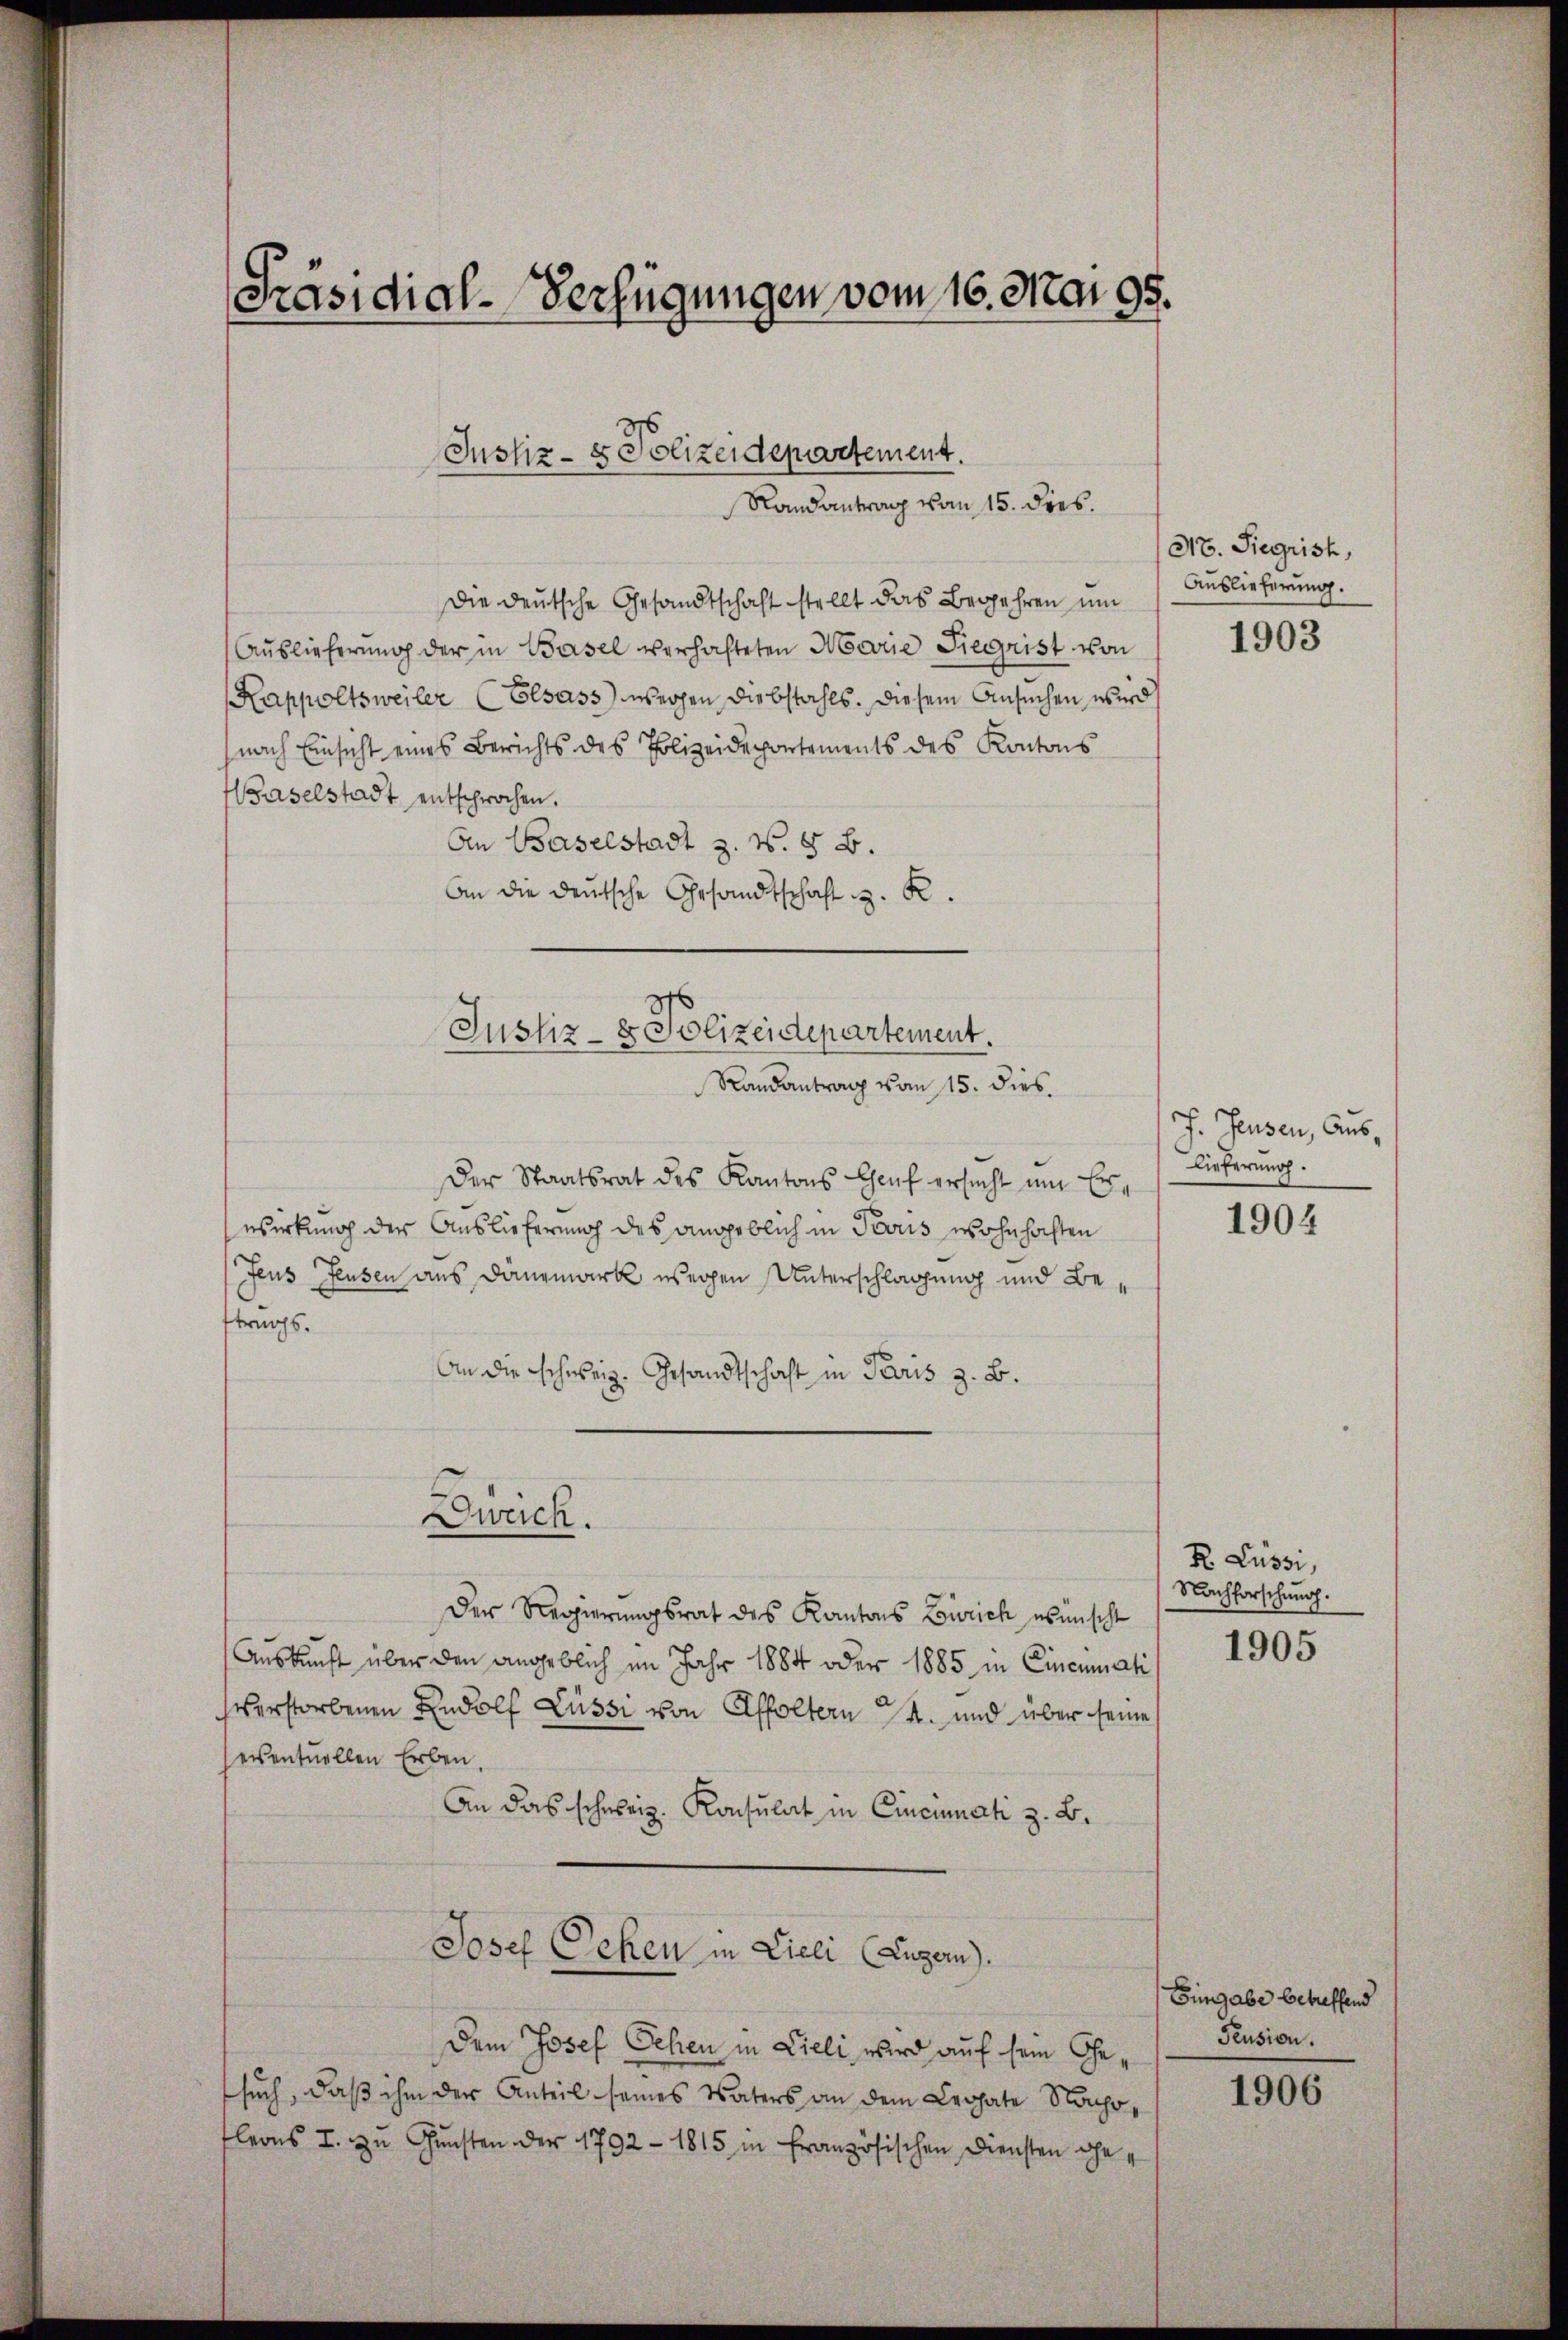
Präsidial-Verfügungen vom 16. Mai 95.

Justiz- & Polizeidepartement.
Randantrag vom 15. dies.

Die deutsche Gesandtschaft stellt das Begehren um
Auslieferung der in Basel verhalteten Marie Siegrist von
Kappoltsweiler (Elsass wegen Diebstahls. Diesem Ansuchen wird
nach Einsicht eines Berichts des Polizeidepartements des Kantons
aselstadt entsprochen.
An Baselstadt z. B. § B.
An die deutsche Gesandtschaft z. R.

Justiz- & Polizeidepartement.
Randantrag vom 15. dies.

Dirreich.

Der Regierungsrat des Kantons Zürich wünscht
Auskunft über den angeblich im Jahr 1884 oder 1885 in Cinciati
verstorbenen Rudolf Lüssi von Affoltern 14. und über seine
eventuellen Erben.
An das schweiz. Konsulat in Cincinati z. B.

Der Staatsrat des Kantons Chef ersucht um Erwirkung der Auslieferung des angeblich in Peoris wohn hochten
Jeus Feusen aus Danzmark wegen Unterschlagung und Beftrags.
An die Schweiz. Gesandtschaft in Paris z. B.

Josef Oehen in Lieli (Luzern).

Dem Josef Sehen in Lieli wird auf sein Gesuch, daß ihm der Anteil seines Vaters an dem Legate Nachfleons I. zŭ Gŭnsten der 1792 - 1815 in französischen Diensten ge¬

No. Siegrist,
Auslieferung.

1903

J. Feusen, Auslieferung.

1904

R. Lüssi,
Nachforschung.

1905

Eingabe betreffend
Pension.

1906